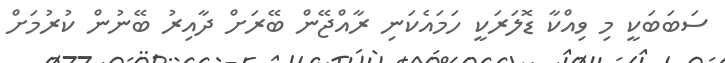
ސަބަބަކީ މި ވިއްކާ ޑޮލަރަކީ ހަމައެކަނި ރާއްޖޭން ބޭރަށް ދާއިރު ބޭނުން ކުރުމަށް